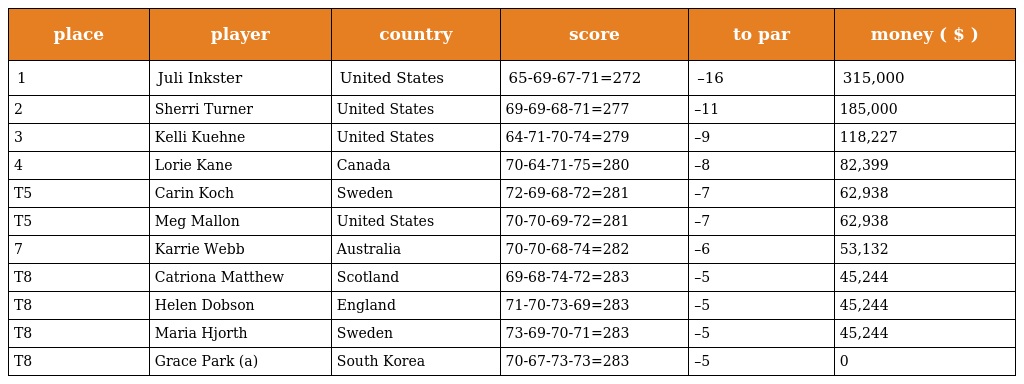
| place | player | country | score | to par | money ( $ ) |
 | --- | --- | --- | --- | --- | --- |
 | 1 | Juli Inkster | United States | 65-69-67-71=272 | –16 | 315,000 |
 | 2 | Sherri Turner | United States | 69-69-68-71=277 | –11 | 185,000 |
 | 3 | Kelli Kuehne | United States | 64-71-70-74=279 | –9 | 118,227 |
 | 4 | Lorie Kane | Canada | 70-64-71-75=280 | –8 | 82,399 |
 | T5 | Carin Koch | Sweden | 72-69-68-72=281 | –7 | 62,938 |
 | T5 | Meg Mallon | United States | 70-70-69-72=281 | –7 | 62,938 |
 | 7 | Karrie Webb | Australia | 70-70-68-74=282 | –6 | 53,132 |
 | T8 | Catriona Matthew | Scotland | 69-68-74-72=283 | –5 | 45,244 |
 | T8 | Helen Dobson | England | 71-70-73-69=283 | –5 | 45,244 |
 | T8 | Maria Hjorth | Sweden | 73-69-70-71=283 | –5 | 45,244 |
 | T8 | Grace Park (a) | South Korea | 70-67-73-73=283 | –5 | 0 |